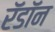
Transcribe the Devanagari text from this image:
रॅडॉन